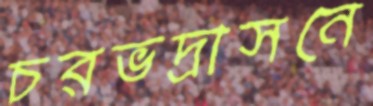
চরভদ্রাসনে